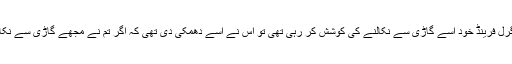
واضح رہے کہ جب اس کی گرل فرینڈ خود اسے گاڑی سے نکالنے کی کوشش کر رہی تھی تو اس نے اسے دھمکی دی تھی کہ اگر تم نے مجھے گاڑی سے نکالا تو میں تمہیں پیٹ ڈالوں گا۔